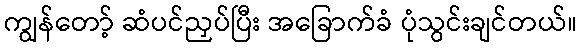
ကျွန်တော့် ဆံပင်ညှပ်ပြီး အခြောက်ခံ ပုံသွင်းချင်တယ်။